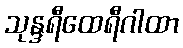
သုန္ဒရီထေရီဂါထာ